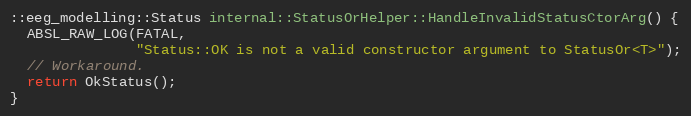
Language: C++
::eeg_modelling::Status internal::StatusOrHelper::HandleInvalidStatusCtorArg() {
  ABSL_RAW_LOG(FATAL,
               "Status::OK is not a valid constructor argument to StatusOr<T>");
  // Workaround.
  return OkStatus();
}